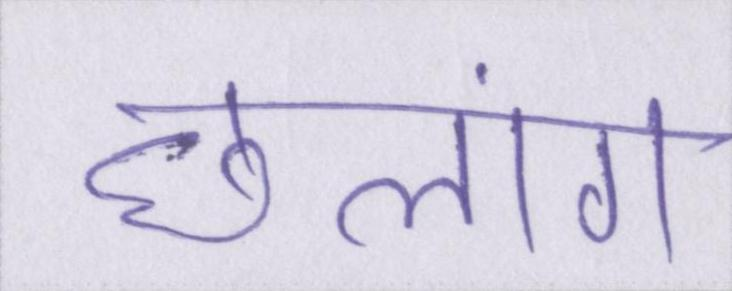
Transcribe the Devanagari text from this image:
छलांग